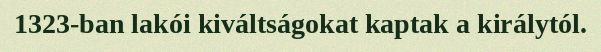
1323-ban lakói kiváltságokat kaptak a királytól.